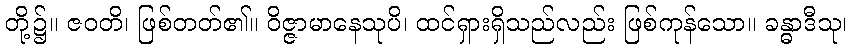
တို့၌။ ဇဝတိ၊ ဖြစ်တတ်၏။ ဝိဇ္ဇာမာနေသုပိ၊ ထင်ရှားရှိသည်လည်း ဖြစ်ကုန်သော။ ခန္ဓာဒီသု၊